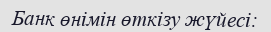
Банк өнімін өткізу жүйесі: